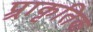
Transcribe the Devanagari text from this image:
प्र्राकृतिक